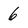
Character: 6